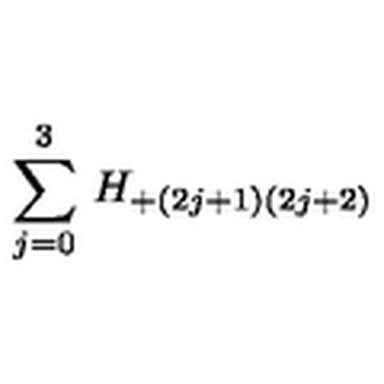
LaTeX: \sum _ { j = 0 } ^ { 3 } \: H _ { + ( 2 j + 1 ) ( 2 j + 2 ) } \: